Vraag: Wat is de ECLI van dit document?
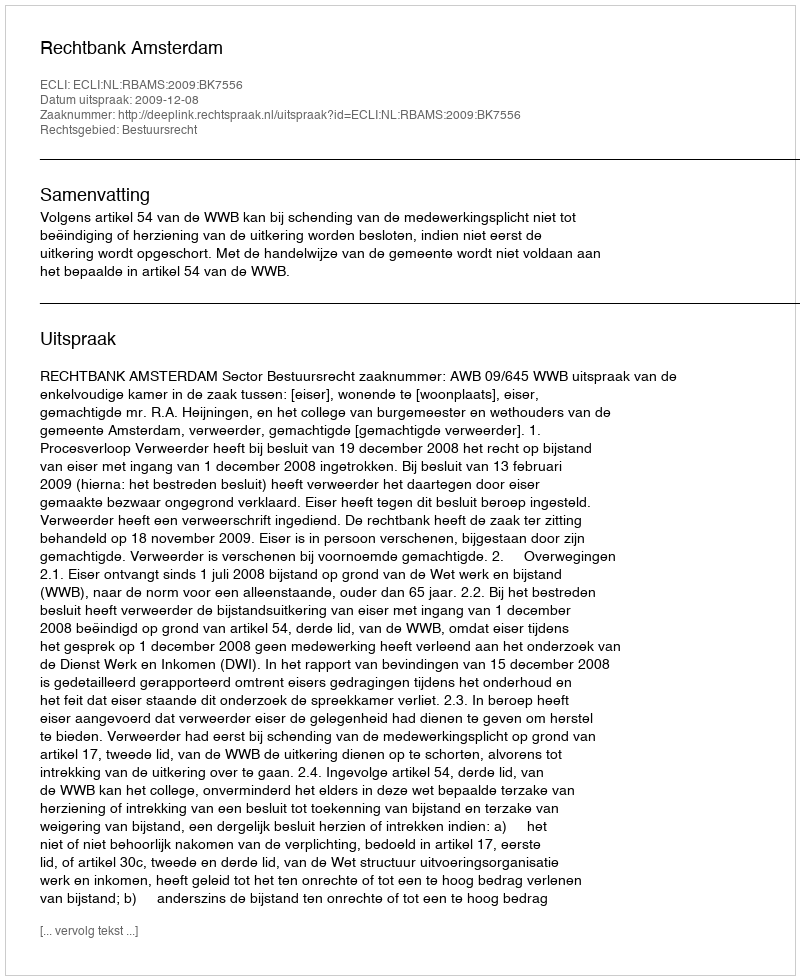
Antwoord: ECLI:NL:RBAMS:2009:BK7556